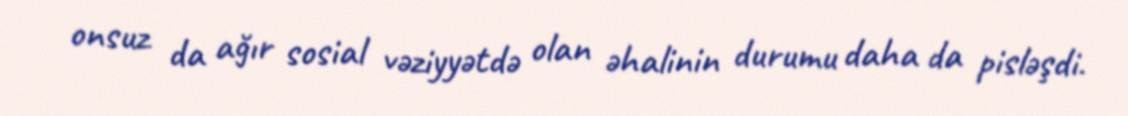
onsuz da ağır sosial vəziyyətdə olan əhalinin durumu daha da pisləşdi.